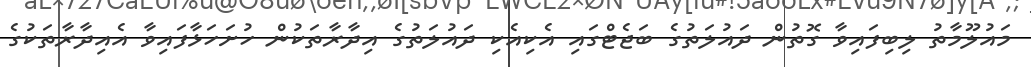
މައުލޫމާތުު ލިބިފައިވާ ގޮތުން ދައުލަތުގެ ބަޖެޓްގައި އެކިއެކި ދައުލަތުގެ އިދާރާތަކުން ހުށަހަޅާފައިވާ އެއިދާރާތަކުގެ